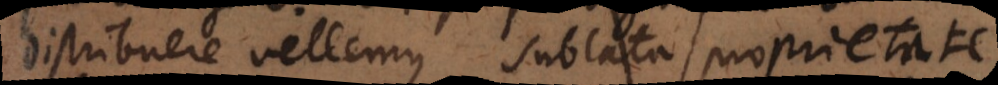
distribuere vellemus, sublata proprietate